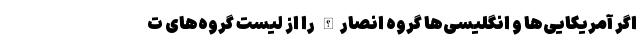
اگر آمریکایی‌ها و انگلیسی‌ها گروه انصارالله را از لیست گروه‌های ت